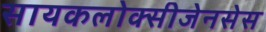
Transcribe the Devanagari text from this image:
सायकलोक्सीजेनसेस